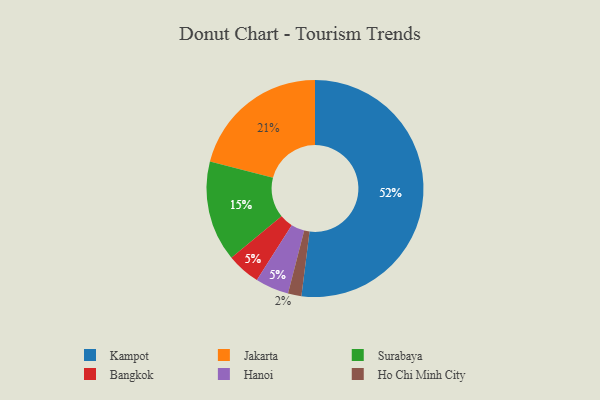
{"axis": {"x": "Category", "y": "Percentage"}, "legend": ["Bangkok", "Hanoi", "Ho Chi Minh City", "Jakarta", "Kampot", "Surabaya"], "data": [{"x": "Ho Chi Minh City", "y": 2, "type": "Ho Chi Minh City"}, {"x": "Surabaya", "y": 15, "type": "Surabaya"}, {"x": "Bangkok", "y": 5, "type": "Bangkok"}, {"x": "Kampot", "y": 52, "type": "Kampot"}, {"x": "Jakarta", "y": 21, "type": "Jakarta"}, {"x": "Hanoi", "y": 5, "type": "Hanoi"}]}